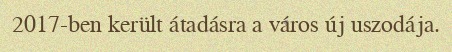
2017-ben került átadásra a város új uszodája.